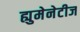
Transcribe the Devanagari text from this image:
ह्युमेनेटीज